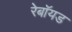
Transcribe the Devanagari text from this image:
रेबॉयड